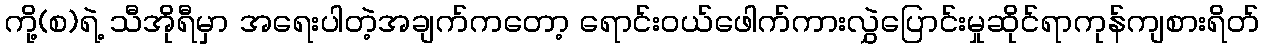
ကို့(စ)ရဲ့ သီအိုရီမှာ အရေးပါတဲ့အချက်ကတော့ ရောင်းဝယ်ဖေါက်ကားလွှဲပြောင်းမှုဆိုင်ရာကုန်ကျစားရိတ်